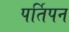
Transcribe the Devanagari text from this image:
पर्तिपन